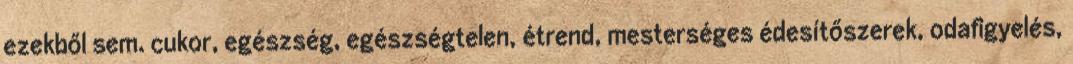
ezekből sem. cukor, egészség, egészségtelen, étrend, mesterséges édesítőszerek, odafigyelés,